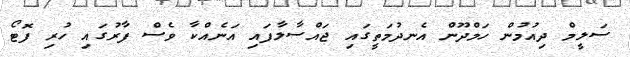
ސަލީމް ދިއުމުން ހަމްދޫން އެނދުމަތީގައި ޖައްސާލާފައި އަނެއްކާ ވެސް ފާރުގައި ހުރި ފޮޓޯ